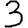
Digit: 3